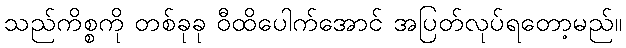
သည်ကိစ္စကို တစ်ခုခု ဝီထိပေါက်အောင် အပြတ်လုပ်ရတော့မည်။